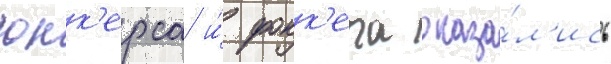
юнк'ерса и́ фокк'ера оказа́л'ись